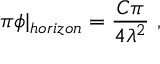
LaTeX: \pi \phi \vert _ { h o r i z o n } = \frac { C \pi } { 4 \lambda ^ { 2 } } \ ,